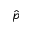
\hat { p }